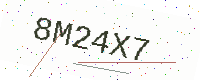
Text: 8M24X7